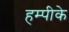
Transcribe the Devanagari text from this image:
हम्पीके